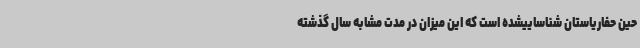
حین حفاریاستان شناساییشده است که این میزان در مدت مشابه سال گذشته